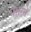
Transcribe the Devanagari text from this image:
घसरते